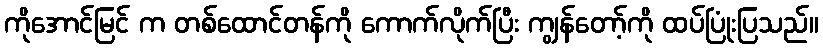
ကိုအောင်မြင် က တစ်ထောင်တန်ကို ကောက်လိုက်ပြီး ကျွန်တော့်ကို ထပ်ပြုံးပြသည်။